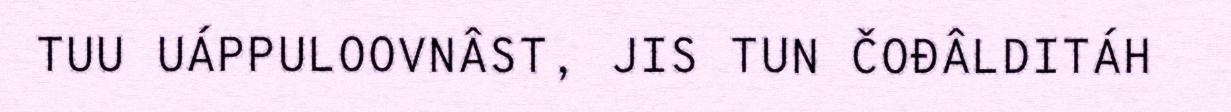
TUU UÁPPULOOVNÂST, JIS TUN ČOĐÂLDITÁH